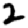
Digit: 2